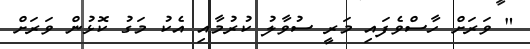
" ވަރަށް ހާސްވެފައި މަރީ ސުވާލު ކުރުމާއި އެކު މަގު ކޮޅުން ވަރަށް